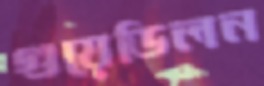
গুয়েডিলন